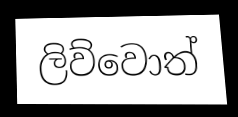
ලිව්වොත්